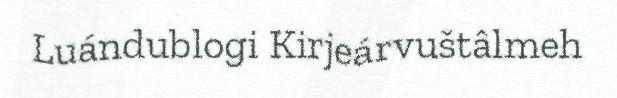
Luándublogi Kirjeárvuštâlmeh